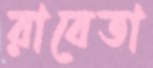
রাবেতা